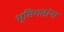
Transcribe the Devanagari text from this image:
भूमिगतांना